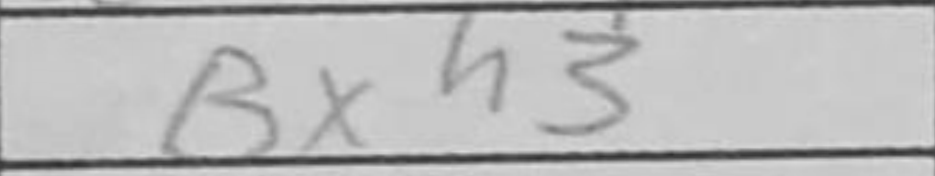
Transcription: Bxh3